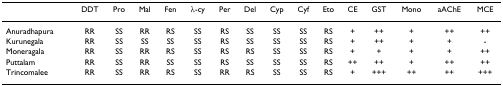
|  | DDT | Pro | Mal | Fen | λ-cy | Per | Del | Cyp | Cyf | Eto | CE | GST | Mono | aAChE | MCE |
 | --- | --- | --- | --- | --- | --- | --- | --- | --- | --- | --- | --- | --- | --- | --- | --- |
 | Anuradhapura | RR | SS | RR | RS | SS | RS | SS | SS | SS | RS | + | ++ | + | ++ | ++ |
 | Kurunegala | RR | SS | SS | SS | SS | RS | SS | SS | SS | RS | + | ++ | + | + | - |
 | Moneragala | RR | SS | RR | RS | SS | RS | RS | SS | SS | RS | + | + | + | + | ++ |
 | Puttalam | RR | SS | RR | SS | SS | RS | SS | SS | SS | RS | ++ | ++ | + | ++ | ++ |
 | Trincomalee | RR | SS | RR | RS | SS | RR | RS | SS | SS | RS | + | +++ | ++ | ++ | +++ |